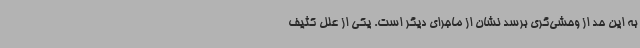
به این حد از وحشی‌گری برسد نشان از ماجرای دیگر است. یکی از علل کثیف